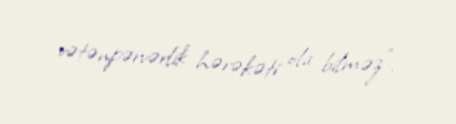
vətənpərvərlik hərəkəti ola bilməz".